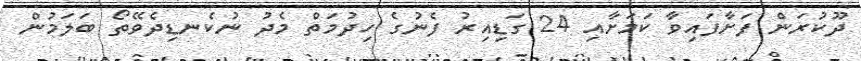
ދޫކުރަން ފަށާފައިވާ ކަަމަށާއި 24 ގަޑިއިރު ފެނުގެ ހިދުމަތް މެދު ނުކެނޑިދެވޭތޯ ބަލަމުން